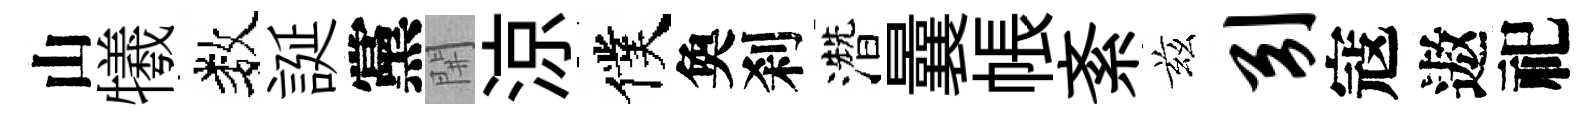
山犧数誕黨𨳩涼僕奐刹濳曩帳紊兹引寇遨祀